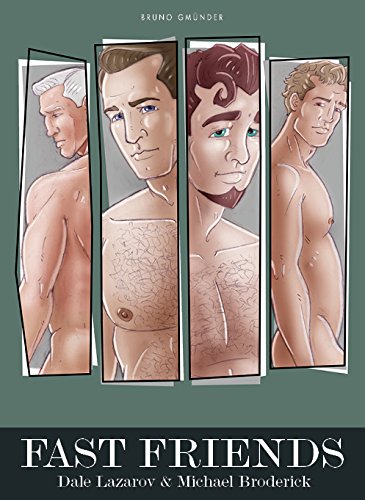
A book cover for Fast Friends; Comics & Graphic Novels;